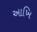
આખિ